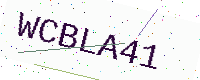
Text: WCBLA41